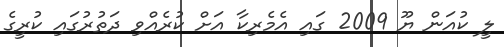
ލީ ކުއަން ޔޫ 2009 ގައި އެެމެރިކާ އަށް ކުރެއްވި ދަތުރުގައި ކުރީގެ